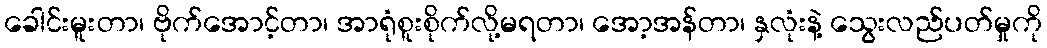
ခေါင်းမူးတာ၊ ဗိုက်အောင့်တာ၊ အာရုံစူးစိုက်လို့မရတာ၊ အော့အန်တာ၊ နှလုံးနဲ့ သွေးလည်ပတ်မှုကို